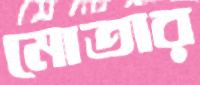
মোতার